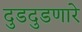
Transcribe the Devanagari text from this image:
दुडदुडणारे